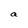
Character: a